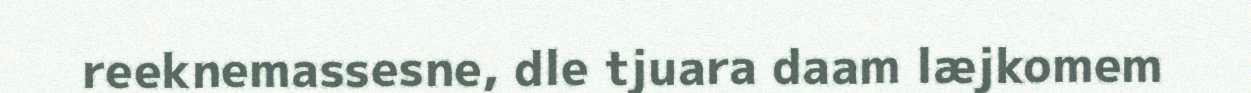
reeknemassesne, dle tjuara daam læjkomem